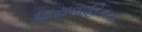
ધારાવાહિકના